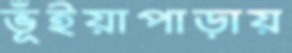
ভূঁইয়াপাড়ায়